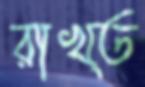
রাখ্ত